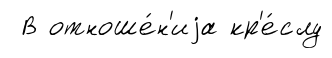
В отноше́н'иjа кр'е́слу